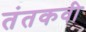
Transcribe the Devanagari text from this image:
तंतकवी